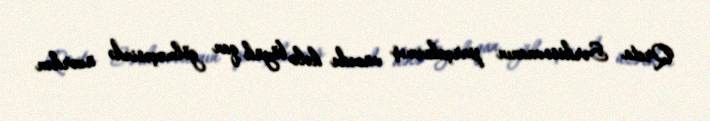
Qreta Sərkisovnanın parçalanmış vücudu hələ böyük qan gölməçəsində üzərkən